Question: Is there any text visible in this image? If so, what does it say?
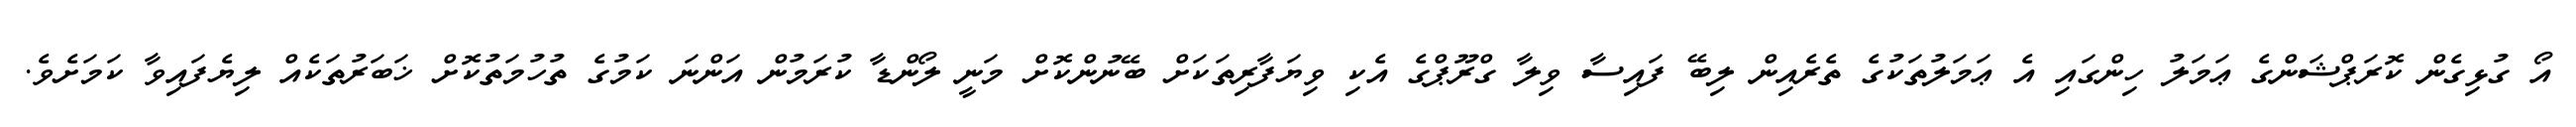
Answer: އޯ ގުޅިގެން ކޮރަޕްޝަންގެ ޢަމަލު ހިންގައި އެ ޢަމަލުތަކުގެ ތެރެއިން ލިބޭ ފައިސާ ވިލާ ގްރޫޕްގެ އެކި ވިޔަފާރިތަކަށް ބޭނުންކޮށް މަނީ ލޯންޑާ ކުރަމުން އަންނަ ކަމުގެ ތުހުމަތުކޮށް ޚަބަރުތަކެއް ލިޔެފައިވާ ކަމަށެވެ.